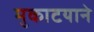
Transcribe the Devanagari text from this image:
मुकाटयाने